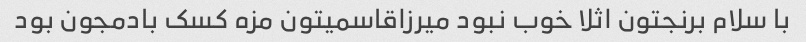
با سلام برنجتون اثلا خوب نبود میرزاقاسمیتون مزه کسک بادمجون بود